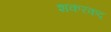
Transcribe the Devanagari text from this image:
शकरकद